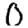
Digit: 0